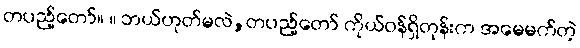
တပည့်တော်။ ။ ဘယ်ဟုတ်မလဲ,တပည့်တော် ကိုယ်ဝန်ရှိတုန်းက အမေမက်တဲ့